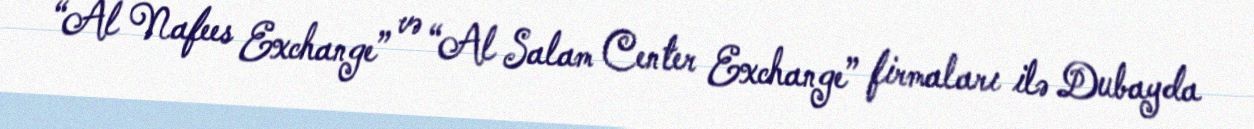
“Al Nafees Exchange” və “Al Salam Center Exchange” firmaları ilə Dubayda